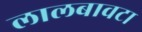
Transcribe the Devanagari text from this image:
लालबावटा